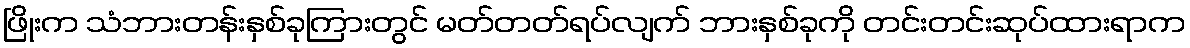
ဖြိုးက သံဘားတန်းနှစ်ခုကြားတွင် မတ်တတ်ရပ်လျက် ဘားနှစ်ခုကို တင်းတင်းဆုပ်ထားရာက